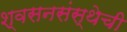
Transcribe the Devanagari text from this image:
श्वसनसंस्थेची